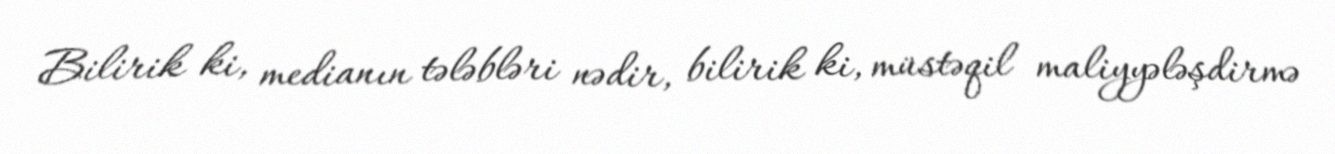
Bilirik ki, medianın tələbləri nədir, bilirik ki, müstəqil maliyyələşdirmə